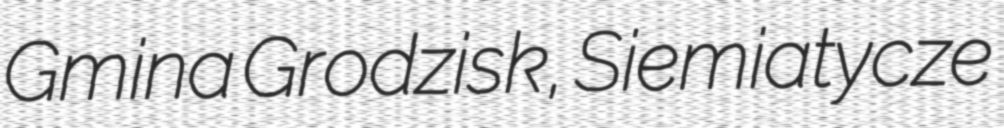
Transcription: Gmina Grodzisk, Siemiatycze